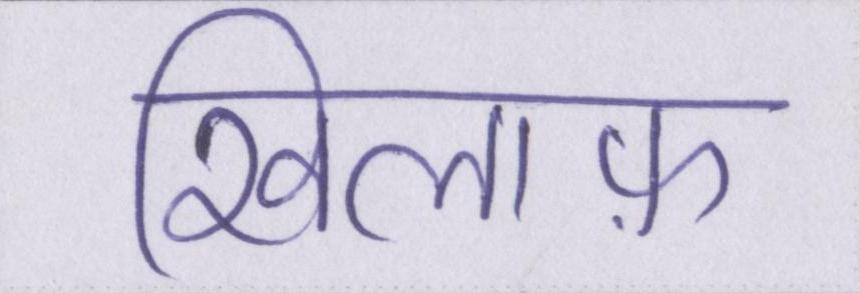
खिलाफ़